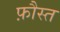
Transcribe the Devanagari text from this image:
फ़ौस्त